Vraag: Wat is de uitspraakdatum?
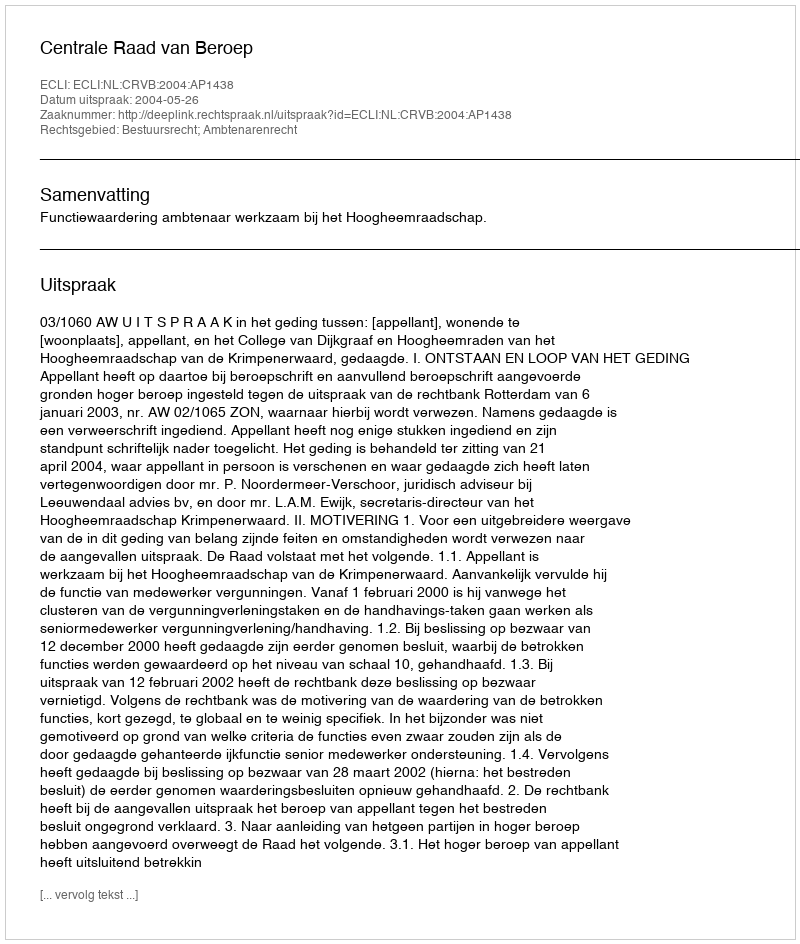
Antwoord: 2004-05-26